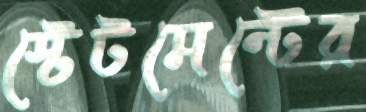
স্টেটমেন্টের